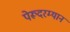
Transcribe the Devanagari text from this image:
पेरूदरम्यान